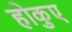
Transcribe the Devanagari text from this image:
होकुए